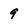
Character: 9